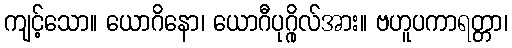
ကျင့်သော။ ယောဂိနော၊ ယောဂီပုဂ္ဂိုလ်အား။ ဗဟူပကာရတ္တာ၊